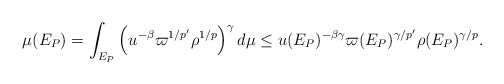
\begin{align*} \mu(E_P) = \int_{E_P} \left(u^{-\beta} \varpi^{1/p'} \rho^{1/p} \right)^\gamma d\mu \leq u(E_P)^{-\beta \gamma} \varpi(E_P)^{\gamma/p'} \rho(E_P)^{\gamma/{p}}. \end{align*}